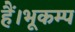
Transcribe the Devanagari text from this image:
हैं।भूकम्प